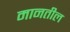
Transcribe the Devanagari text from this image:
मानतील